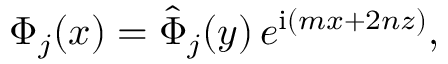
\boldsymbol { \Phi } _ { j } ( \boldsymbol { x } ) = \boldsymbol { \hat { \Phi } } _ { j } ( y ) \, e ^ { \mathrm { i } ( m x + 2 n z ) } ,